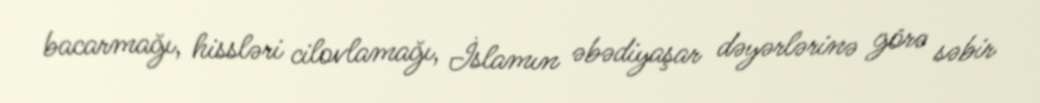
bacarmağı, hissləri cilovlamağı, İslamın əbədiyaşar dəyərlərinə görə səbir